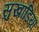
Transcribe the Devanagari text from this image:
सुखाडिय़ा